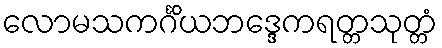
လောမသကင်္ဂိယဘဒ္ဒေကရတ္တသုတ္တံ